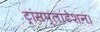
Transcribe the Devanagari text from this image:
ट्रांसप्लांटेशन।